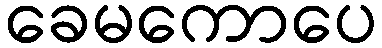
ခေမကောပေ